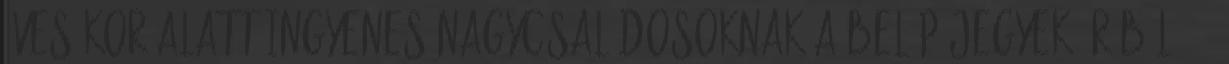
éves kor alatt ingyenes Nagycsaládosoknak a belépőjegyek árából 50%